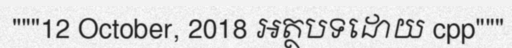
"""12 October, 2018 អត្ថបទដោយ cpp"""